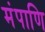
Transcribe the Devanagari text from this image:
मंपाणि